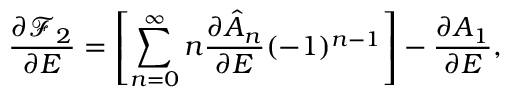
\frac { \partial \mathcal { F } _ { 2 } } { \partial E } = \left[ \sum _ { n = 0 } ^ { \infty } n \frac { \partial \hat { A } _ { n } } { \partial E } ( - 1 ) ^ { n - 1 } \right] - \frac { \partial A _ { 1 } } { \partial E } ,